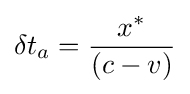
\delta t_{a}={\frac {x^{\ast }}{\left(c-v\right)}}